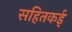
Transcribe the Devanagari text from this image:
सहितकई